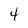
Character: 4